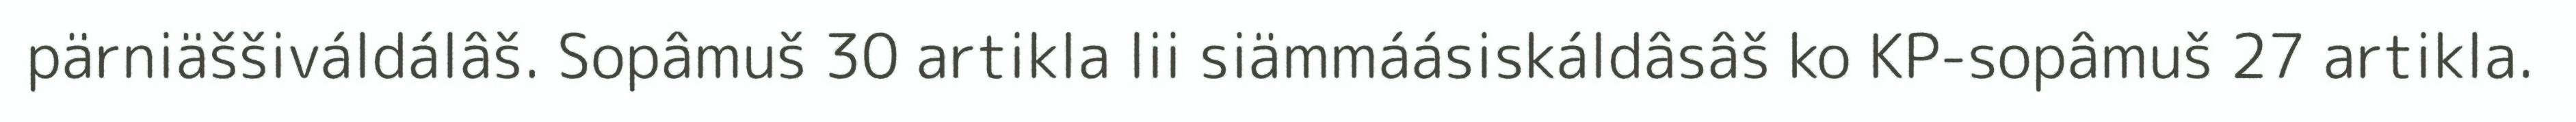
pärniäššiváldálâš. Sopâmuš 30 artikla lii siämmáásiskáldâsâš ko KP-sopâmuš 27 artikla.